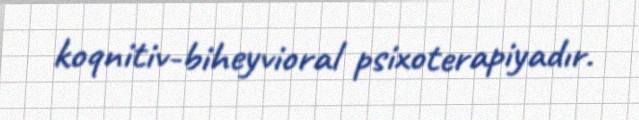
koqnitiv-biheyvioral psixoterapiyadır.